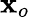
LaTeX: \mathbf{x}_{o}